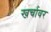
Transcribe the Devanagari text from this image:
खर्चावर